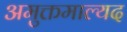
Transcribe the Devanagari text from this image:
अमुक्तमाल्यद